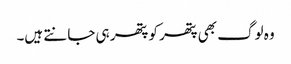
وہ لوگ بھی پتھر کو پتھر ہی جانتے ہیں۔